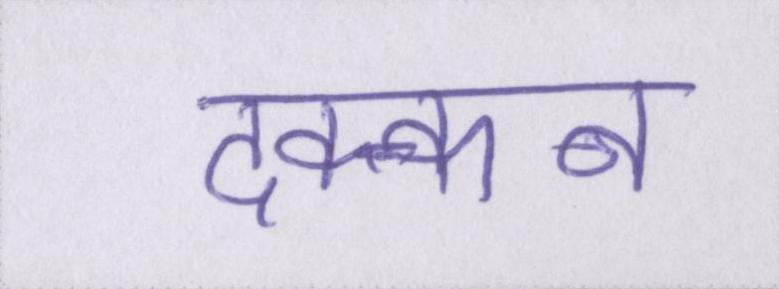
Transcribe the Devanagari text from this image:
दक्कन